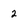
Character: 2